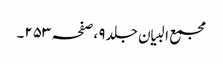
مجمع البیان جلد ٩ ،صفحہ ٢٥٣۔